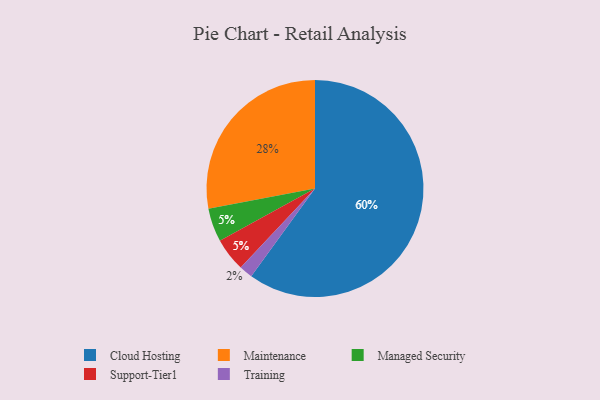
{"axis": {"x": "Category", "y": "Percentage"}, "legend": ["Cloud Hosting", "Maintenance", "Managed Security", "Support-Tier1", "Training"], "data": [{"x": "Maintenance", "y": 28, "type": "Maintenance"}, {"x": "Training", "y": 2, "type": "Training"}, {"x": "Cloud Hosting", "y": 60, "type": "Cloud Hosting"}, {"x": "Managed Security", "y": 5, "type": "Managed Security"}, {"x": "Support-Tier1", "y": 5, "type": "Support-Tier1"}]}